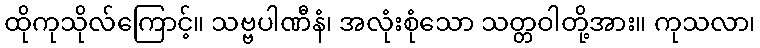
ထိုကုသိုလ်ကြောင့်။ သဗ္ဗပါဏီနံ၊ အလုံးစုံသော သတ္တဝါတို့အား။ ကုသလာ၊